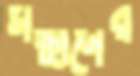
সন্ধানের